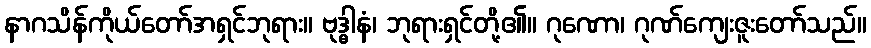
နာဂသိန်ကိုယ်တော်အရှင်ဘုရား။ ဗုဒ္ဓါနံ၊ ဘုရားရှင်တို့၏။ ဂုဏော၊ ဂုဏ်ကျေးဇူးတော်သည်။